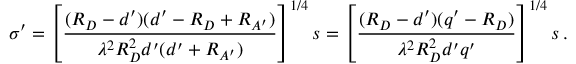
\boldsymbol \sigma ^ { \prime } = \left[ { \frac { ( R _ { D } - d ^ { \prime } ) ( d ^ { \prime } - R _ { D } + R _ { A ^ { \prime } } ) } { \lambda ^ { 2 } R _ { D } ^ { 2 } d ^ { \prime } ( d ^ { \prime } + R _ { A ^ { \prime } } ) } } \right] ^ { 1 / 4 } \boldsymbol s = \left[ { \frac { ( R _ { D } - d ^ { \prime } ) ( q ^ { \prime } - R _ { D } ) } { \lambda ^ { 2 } R _ { D } ^ { 2 } d ^ { \prime } q ^ { \prime } } } \right] ^ { 1 / 4 } \boldsymbol s \, .